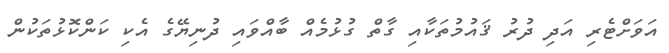
އަވަށްޓެރި އަދި ދުރު ޤައުމުތަކާއި ގާތް ގުޅުމެއް ބާއްވައި ދުނިޔޭގެ އެކި ކަންކޮޅުތަކުން